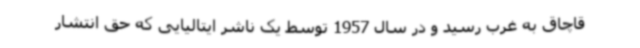
قاچاق به غرب رسید و در سال 1957 توسط یک ناشر ایتالیایی که حق انتشار